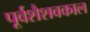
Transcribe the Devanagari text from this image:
पूर्वशैशवकाल